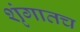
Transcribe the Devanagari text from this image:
शृंगातच